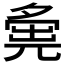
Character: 𡖴